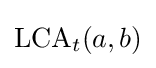
\mathrm {LCA} _{t}(a,b)